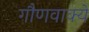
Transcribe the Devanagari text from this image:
गौणवाक्ये